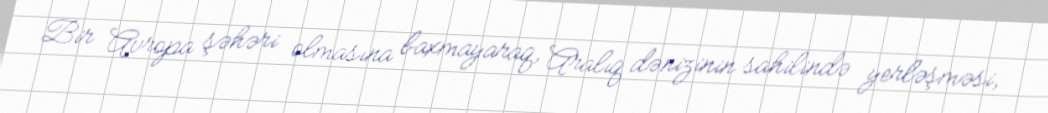
Bir Avropa şəhəri olmasına baxmayaraq, Aralıq dənizinin sahilində yerləşməsi,